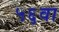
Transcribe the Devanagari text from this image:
५६वा